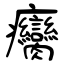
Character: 癵